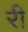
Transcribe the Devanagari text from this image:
रीं